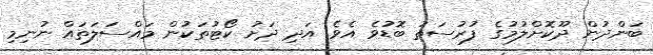
ބަންދުން ދޫކޮށްލުމުގެ ފުރުސަތު ބޮޑުވެ އެވެ. އަދި ދަށު ކޯޓުތަކުން މައްސަލަތައް ނުނިމި